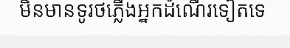
មិនមានទូរថភ្លើងអ្នកដំណើរទៀតទេ